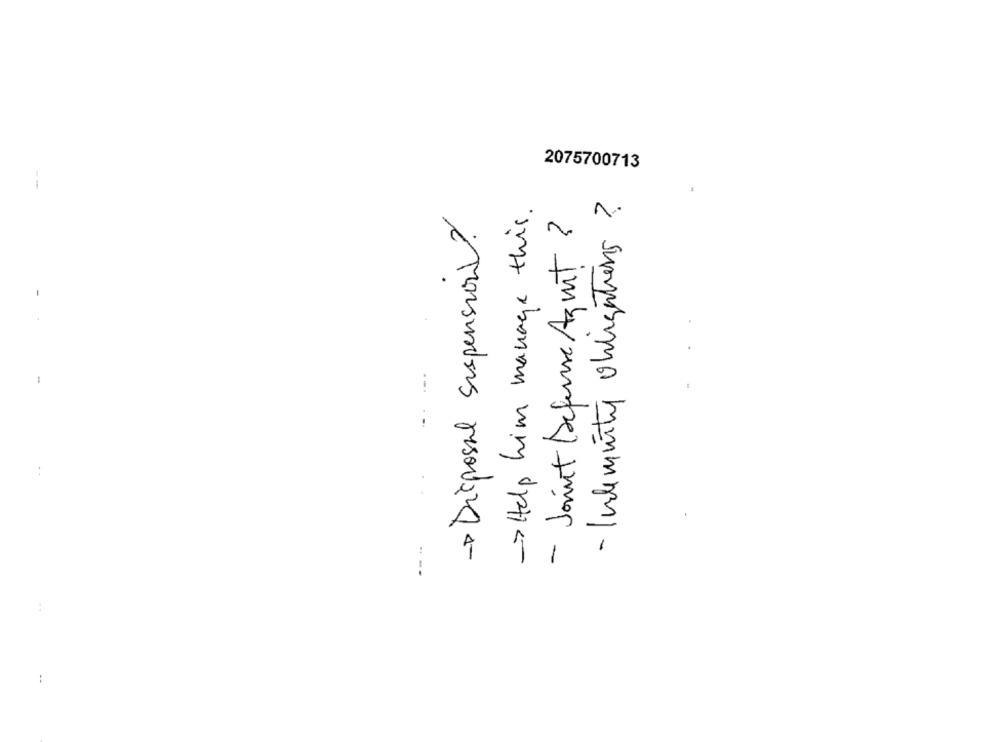
2075700713
- > Help him manage this .
- Indemnity obligations ?
-> Disposal suspension
- Joint Defense Azmit ?